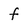
Character: f